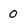
Character: O